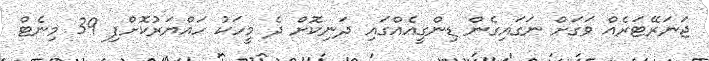
ޖަނަރޭޓަރެއް ވަގަށް ނަގައިގެން ޑިންގީއެއްގައި ދަނިކޮށް ދެ މީހަކު ހައްޔަރުކޮށްފި 39 މިނެޓް